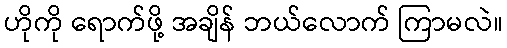
ဟိုကို ရောက်ဖို့ အချိန် ဘယ်လောက် ကြာမလဲ။